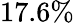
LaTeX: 17.6\%